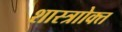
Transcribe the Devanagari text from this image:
शास्त्राोक्त